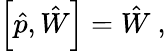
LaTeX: \left[\hat{p},\hat{W}\right]=\hat{W}\ ,